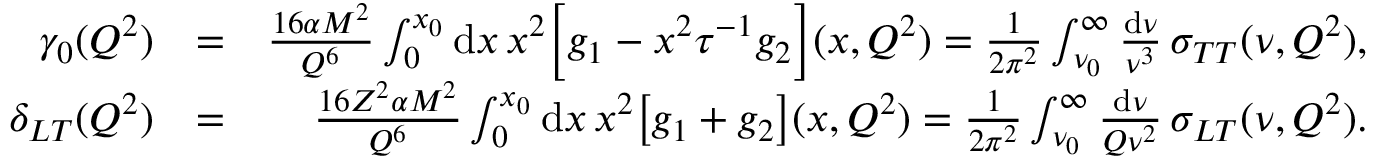
\begin{array} { r l r } { \gamma _ { 0 } ( Q ^ { 2 } ) } & { = } & { \frac { 1 6 \alpha M ^ { 2 } } { Q ^ { 6 } } \int _ { 0 } ^ { x _ { 0 } } \mathrm { d } x \, x ^ { 2 } \Big [ g _ { 1 } - x ^ { 2 } \tau ^ { - 1 } g _ { 2 } \Big ] ( x , Q ^ { 2 } ) = \frac { 1 } { 2 \pi ^ { 2 } } \int _ { \nu _ { 0 } } ^ { \infty } \frac { \mathrm { d } \nu } { \nu ^ { 3 } } \, \sigma _ { T T } ( \nu , Q ^ { 2 } ) , } \\ { \delta _ { L T } ( Q ^ { 2 } ) } & { = } & { \frac { 1 6 Z ^ { 2 } \alpha M ^ { 2 } } { Q ^ { 6 } } \int _ { 0 } ^ { x _ { 0 } } \mathrm { d } x \, x ^ { 2 } \big [ g _ { 1 } + g _ { 2 } \big ] ( x , Q ^ { 2 } ) = \frac { 1 } { 2 \pi ^ { 2 } } \int _ { \nu _ { 0 } } ^ { \infty } \frac { \mathrm { d } \nu } { Q \nu ^ { 2 } } \, \sigma _ { L T } ( \nu , Q ^ { 2 } ) . } \end{array}